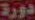
دورة